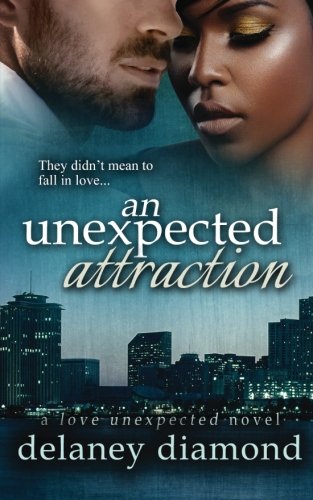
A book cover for An Unexpected Attraction (Love Unexpected) (Volume 3); Delaney Diamond; Romance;